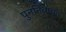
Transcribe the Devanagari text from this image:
पुनर्निवाचन